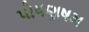
પોષણષમ